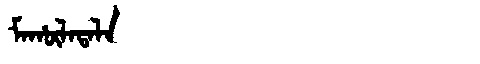
Manchu: ᠮᠠᡥᡡᠯᠠᡨᠠᠯᠠ
Romanization: MAHŪLATALA